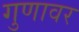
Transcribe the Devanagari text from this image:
गुणावर